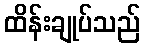
ထိန်းချုပ်သည်